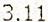
3.11